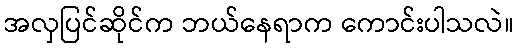
အလှပြင်ဆိုင်က ဘယ်နေရာက ကောင်းပါသလဲ။